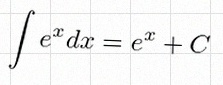
\int e^x dx=e^x+C